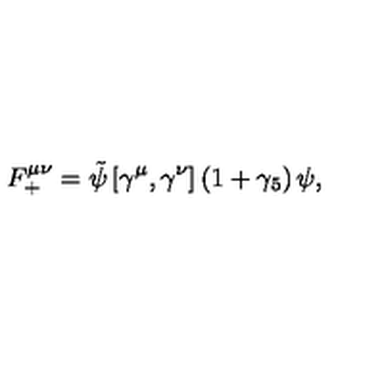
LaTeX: F _ { + } ^ { \mu \nu } = \tilde { \psi } \left[ \gamma ^ { \mu } , \gamma ^ { \nu } \right] \left( 1 + \gamma _ { 5 } \right) \psi ,